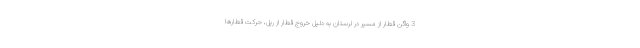
3 واگن قطار از مسیر در لرستان به دلیل خروج قطار از ریل، حرکت قطارها